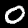
Digit: 0